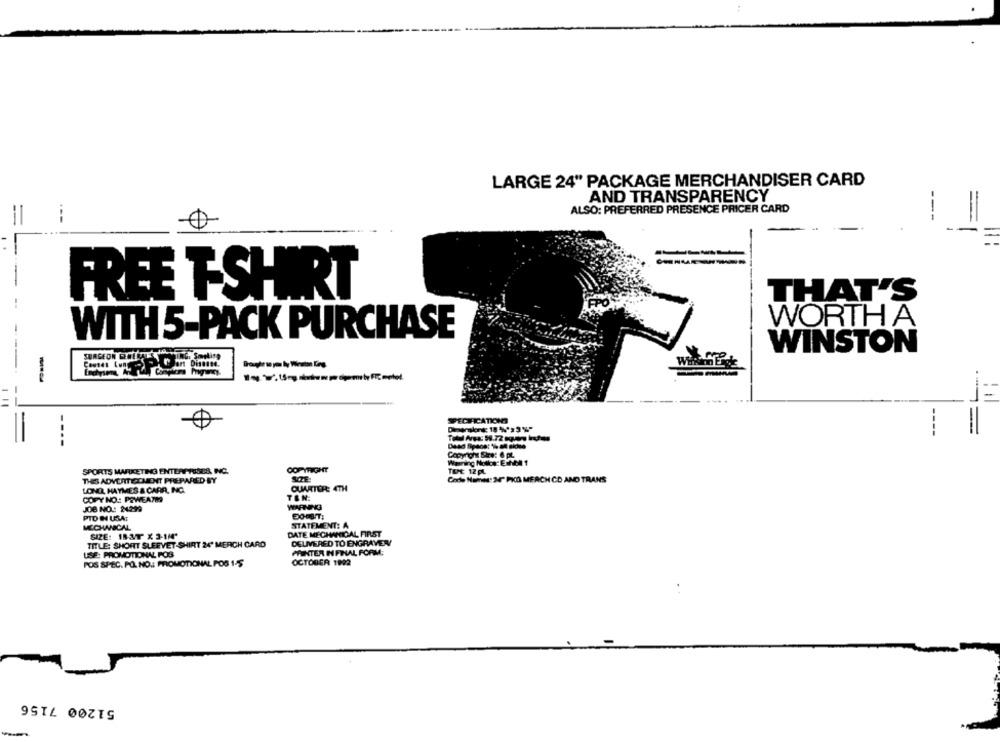
LARGE 24" PACKAGE MERCHANDISER CARD
AND TRANSPARENCY
ALSO: PREFERRED PRESENCE PRICER CARD
---
FREE T-SHIRT
THAT'S
WORTH A
WITH 5-PACK PURCHASE
WINSTON
JAG. Smoking
-
FECHAICATIONS
Dingmalore: 10 %'>3 %"
----
Copyrch Sire: 6 pL
SPORTS MARKETING ENTERTESTS, INC.
COPYRIGHT
TEME 12 pL
THIS ADVERTISEMENT PREPARED BY
Code Name: 30 PKO MERCH CD AND TRANS
LONG, HAYMES & CARR, INC.
QUARTER: 4TH4
COPY NO .: PEWEATH
TON:
JOB NO .: 24299
WARNING
PID IN USA:
MECHANICAL
STATEMENT: A
SIZE: 183T X 3-1M'
DATE MECHANICAL FIRST
DELIVERED TO ENGRAVEN
TITLE: SHORT SLEEVET-SHIRT 24 MERCH CARD
USE: PROMOTIONAL POS
PAINTER IN FINAL FORM;
POS SPEC. PO. NO .: PROMOTIONAL POS 1-5
OCTOBER 1992
51200 7156